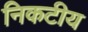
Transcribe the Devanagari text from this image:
निकटीय